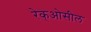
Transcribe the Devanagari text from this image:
रेक्‌ओसील